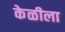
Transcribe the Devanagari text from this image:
केळीला